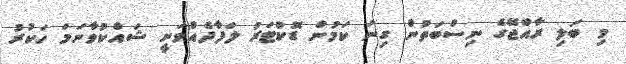
މި ބަލި ރާއްޖޭގެ ނިސްބަތުން ގިނަ ކަމުން ޑޮކްޓަރު ލަފާދެއްވަނީ ޝައްކުވާނަމަ ހަކުރު